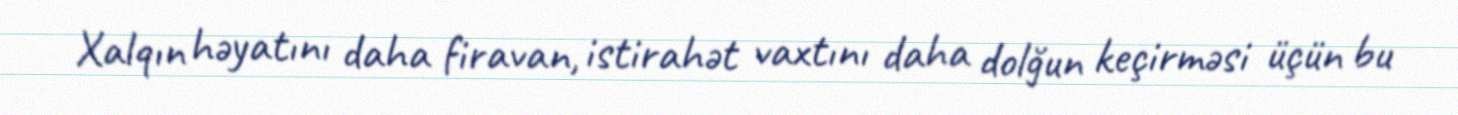
Xalqın həyatını daha firavan, istirahət vaxtını daha dolğun keçirməsi üçün bu